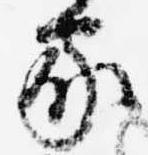
家